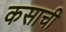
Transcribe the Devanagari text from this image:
कसाची